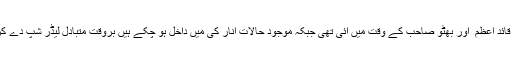
جب لیڈر شپ نہ ہو تو انار کی آتی ہے لیڈر شپ ہو تو تبدیلی آتی ہے جیسی قائد اعظم ؒ اور بھٹو صاحب کے وقت میں آئی تھی جبکہ موجود حالات انار کی میں داخل ہو چکے ہیں بروقت متبادل لیڈر شپ دے کر اسٹیبلشمنٹ نے بہت بڑی مہربانی کی ہے کہ انار کی تبدیلی میں بدل دیا۔